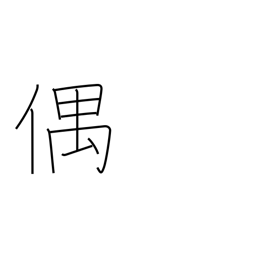
Meaning: accidentally